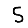
Digit: 5